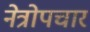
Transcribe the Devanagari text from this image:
नेत्रोपचार